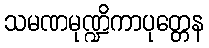
သမဏမုဏ္ဍိကာပုတ္တေန